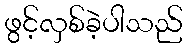
ဖွင့်လှစ်ခဲ့ပါသည်